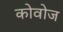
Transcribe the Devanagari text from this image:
कोवोज